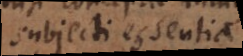
subjecti essentia.